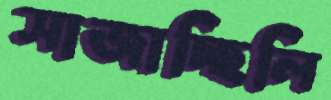
সাজাচ্ছিলি